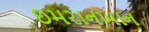
ઇમરાનખાન